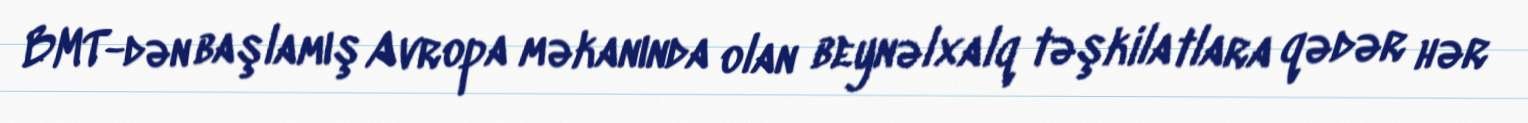
BMT-dən başlamış Avropa məkanında olan beynəlxalq təşkilatlara qədər hər